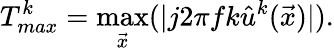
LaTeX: T_{max}^{k}=\operatorname*{max}_{\vec{x}}(\rvert j2\pi fk\hat{u}^{k}(\vec{x})\rvert).